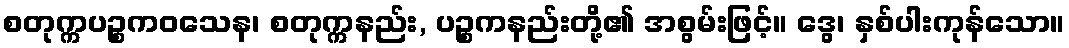
စတုက္ကပဉ္စကဝသေန၊ စတုက္ကနည်း, ပဉ္စကနည်းတို့၏ အစွမ်းဖြင့်။ ဒွေ၊ နှစ်ပါးကုန်သော။